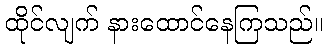
ထိုင်လျက် နားထောင်နေကြသည်။